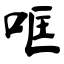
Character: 哐